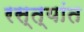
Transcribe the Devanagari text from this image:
रस्त्यांत